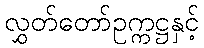
လွှတ်တော်ဥက္ကဋ္ဌနှင့်